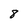
Character: 8